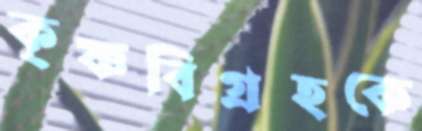
কৃষ্ণবিগ্রহকে